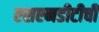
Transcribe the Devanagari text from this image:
एसएनडीटीची